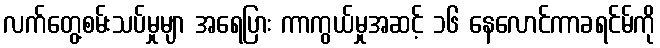
လက်တွေ့စမ်းသပ်မှုမျာ အရေပြား ကာကွယ်မှုအဆင့် ၁၆ နေလောင်ကာခရင်မ်ကို